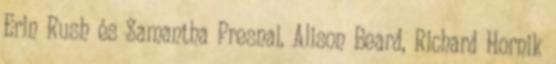
Erin Rush és Samantha Presnal. Alison Beard, Richard Hornik